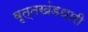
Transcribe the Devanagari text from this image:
वृत्तखंडधारी